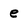
Character: e